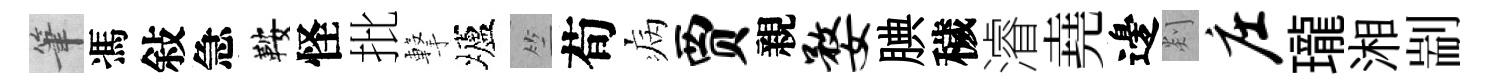
筆馮敍急鞍怪批撃壚竺荀病贾親婺腆穢濬堯邊剡庄瓏湘剬